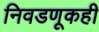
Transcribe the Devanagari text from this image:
निवडणूकही